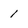
Character: 1